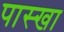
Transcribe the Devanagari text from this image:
पास्खा